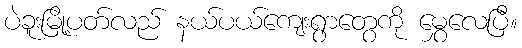
ပဲခူးမြို့ပတ်လည် နယ်ပယ်ကျေးရွာတွေကို မွှေလေပြီ။